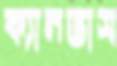
ক্যানভাস